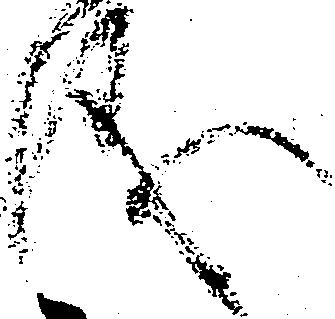
儀